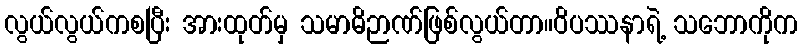
လွယ်လွယ်ကစပြီး အားထုတ်မှ သမာဓိဉာဏ်ဖြစ်လွယ်တာ။ဝိပဿနာရဲ့ သဘောကိုက